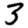
Digit: 3